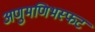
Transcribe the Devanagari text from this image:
अणुमणिभस्फट